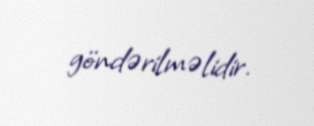
göndərilməlidir.